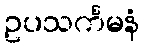
ဥပသင်္ကမနံ